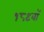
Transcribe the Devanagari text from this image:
१८९वॉ